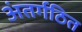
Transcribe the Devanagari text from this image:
अंतर्गठित